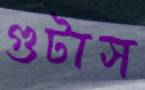
গুটাস